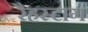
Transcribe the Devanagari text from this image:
रैहस्टाग